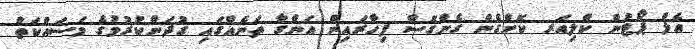
އެލް ޕޯޓުން ކްލިއަރ ކޮށްގެން ގެންގޮސް ފިހާރައިން އަންގާ ތަނެއްގައި ގުދަންކުރުމުގެ މަސައްކަތް